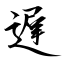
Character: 遅